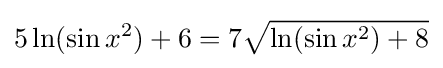
5\ln(\sin x^{2})+6=7{\sqrt {\ln(\sin x^{2})+8}}